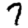
Digit: 7